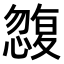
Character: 𭞿